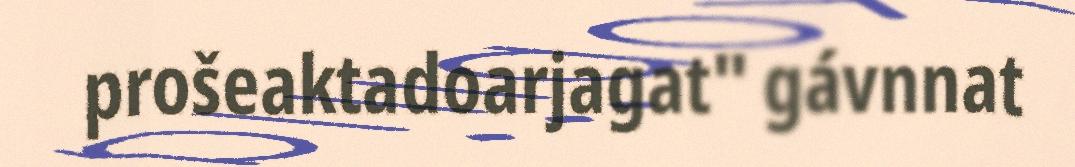
prošeaktadoarjagat" gávnnat